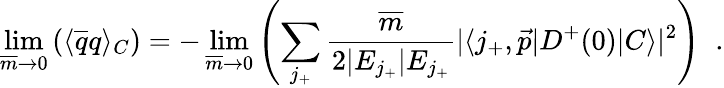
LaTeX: \operatorname*{lim}_{\overline{{{m}}}\to 0}\left(\langle\overline{{{q}}}q\rangle_{C}\right)=-\operatorname*{lim}_{\overline{{{m}}}\to 0}\left(\sum_{j_{+}}\frac{\overline{{{m}}}}{2|E_{j_{+}}|E_{j_{+}}}|\langle j_{+},\vec{p}|D^{+}(0)|C\rangle|^{2}\right)\; \; .